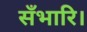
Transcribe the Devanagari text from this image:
सँभारि।